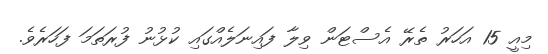
މިއީ 15 އަހަރު ތެރޭ އެސްޓަން ވިލާ ފައިނަލެއްގައި ކުޅުނު ފުރަތަމަ ފަހަރެވެ.